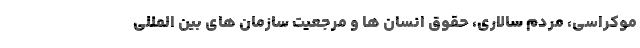
موکراسی، مردم سالاری، حقوق انسان ها و مرجعیت سازمان های بین المللی